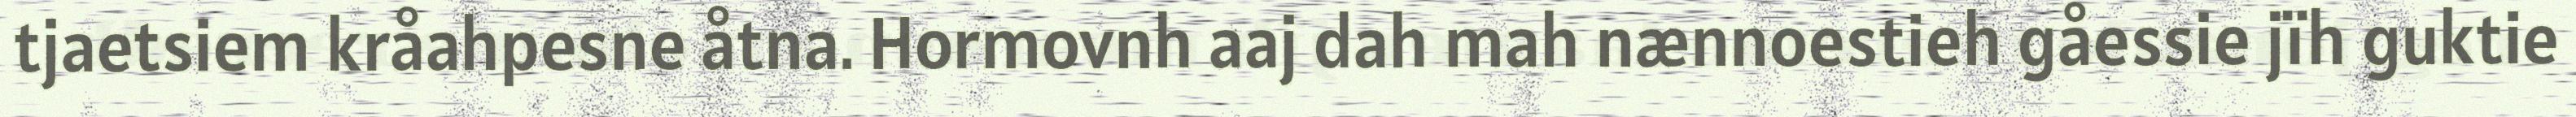
tjaetsiem kråahpesne åtna. Hormovnh aaj dah mah nænnoestieh gåessie jïh guktie